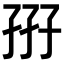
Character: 𡥦